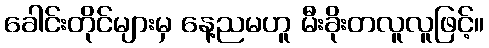
ခေါင်းတိုင်များမှ နေ့ညမဟူ မီးခိုးတလူလူဖြင့်။